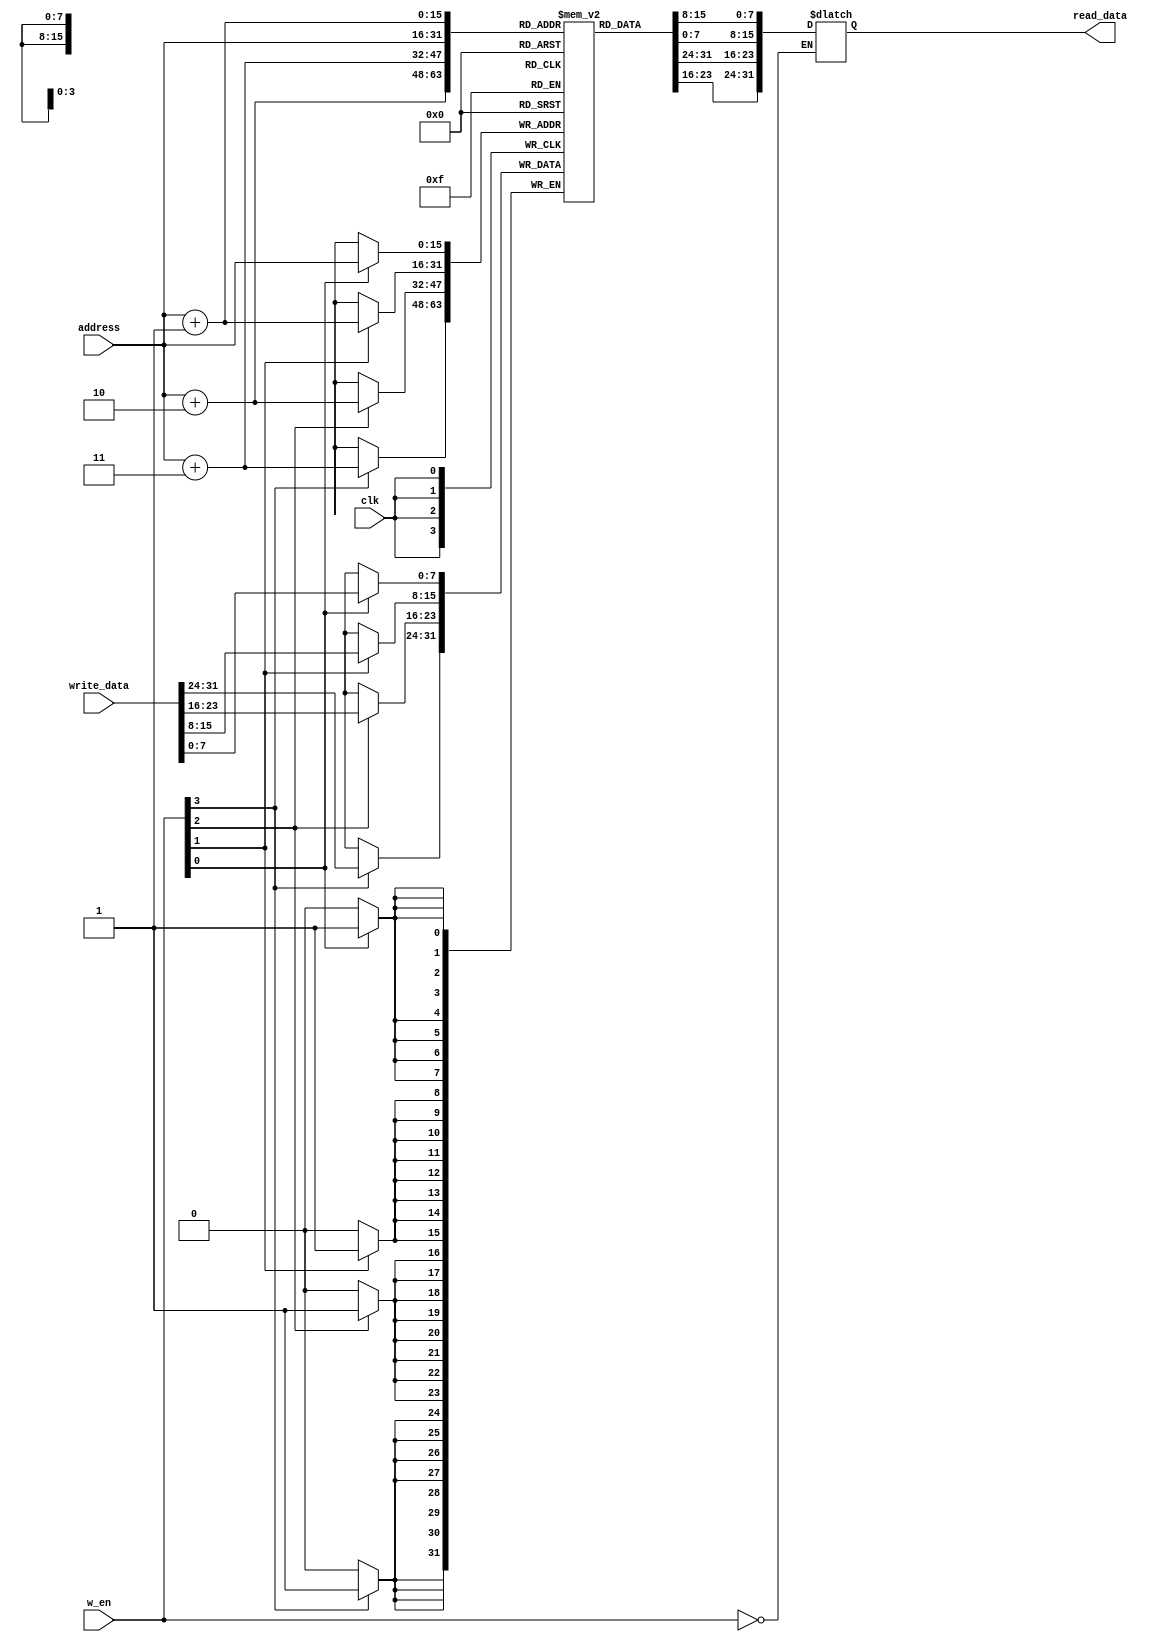
module IM(
    input clk,
    input [3:0] w_en,
    input [15:0] address,
    input [31:0] write_data,
    output reg [31:0] read_data
    );
    reg [7:0] mem [0:65535];

    // Load(DM) or Read instructions(IM)-> Combinational
    always @(*) begin
        if (w_en == 4'b0) begin
            read_data = {mem[address+3], mem[address+2], mem[address+1], mem[address]};
        end
    end
    
    // Store(DM) -> Sequential
    always @(posedge clk) begin
        if (w_en[0]) begin
            mem[address] <= write_data[7:0];
        end
        if (w_en[1]) begin
            mem[address + 16'd1] <= write_data[15:8];
        end
        if (w_en[2]) begin
            mem[address + 16'd2] <= write_data[23:16];
        end
        if (w_en[3]) begin
            mem[address + 16'd3] <= write_data[31:24];
        end
    end


endmodule